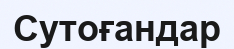
Сутоғандар